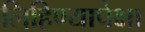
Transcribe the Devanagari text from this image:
लिहिण्यापेक्षा